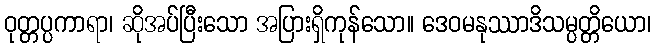
ဝုတ္တပ္ပကာရာ၊ ဆိုအပ်ပြီးသော အပြားရှိကုန်သော။ ဒေဝမနုဿာဒိသမ္ပတ္တိယော၊